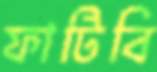
ফাটিবি